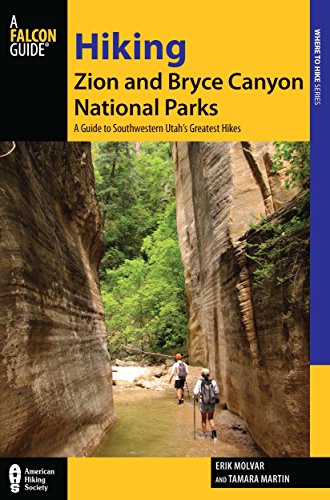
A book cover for Hiking Zion and Bryce Canyon National Parks: A Guide To Southwestern Utah's Greatest Hikes (Regional Hiking Series); Erik Molvar; Sports & Outdoors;